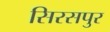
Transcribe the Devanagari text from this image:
सिरसपुर